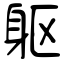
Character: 躯